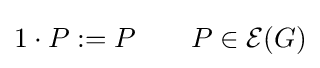
1\cdot P:=P\qquad P\in {\mathcal {E}}(G)